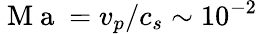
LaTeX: \mathrm{~M~a~}=v_{p}/c_{s}\sim 10^{-2}